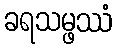
ခရသမ္ဖဿံ